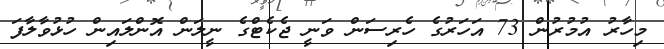
މިހާރު އުމުރުން 73 އަހަރުގެ ހެރިސަން ވަނީ ޖެކެޓްގެ ނީލަން އޮންލައިން ހުޅުވާލާފަ